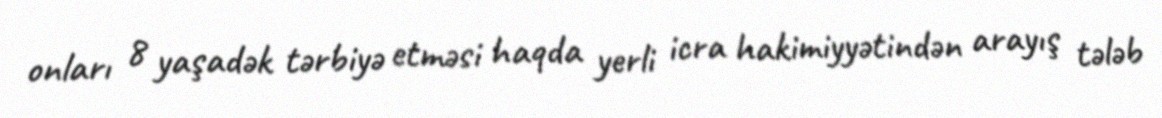
onları 8 yaşadək tərbiyə etməsi haqda yerli icra hakimiyyətindən arayış tələb